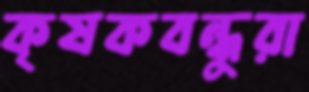
কৃষকবন্ধুরা